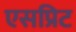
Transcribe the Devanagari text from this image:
एसप्रिट